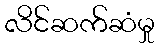
လိင်ဆက်ဆံမှု